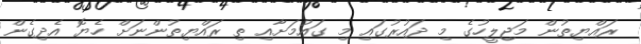
ރައްޔިތުން މަޖިލީހުގެ މި ދައުރުގައި މި ގައުމަށާއި ތި ރައްޔިތުންނަށް ހެޔޮ އެދިގެން